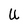
Character: U